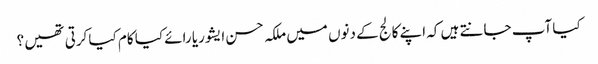
کیا آپ جانتے ہیں کہ اپنے کالج کے دنوں میں ملکہ حسن ایشوریا رائے کیا کام کیا کرتی تھیں ؟